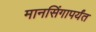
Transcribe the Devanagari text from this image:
मानसिंगापर्यंत